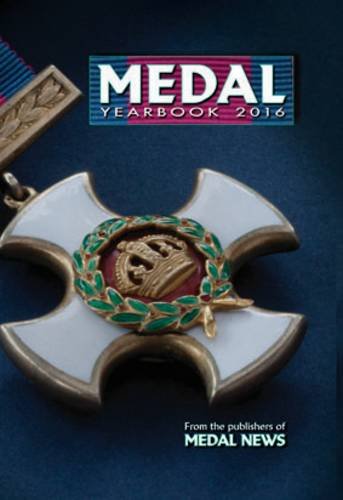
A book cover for Medal Yearbook 2016; History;